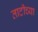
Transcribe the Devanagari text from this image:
ताटीच्या